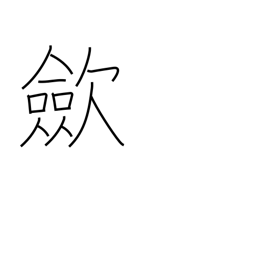
Meaning: tighten